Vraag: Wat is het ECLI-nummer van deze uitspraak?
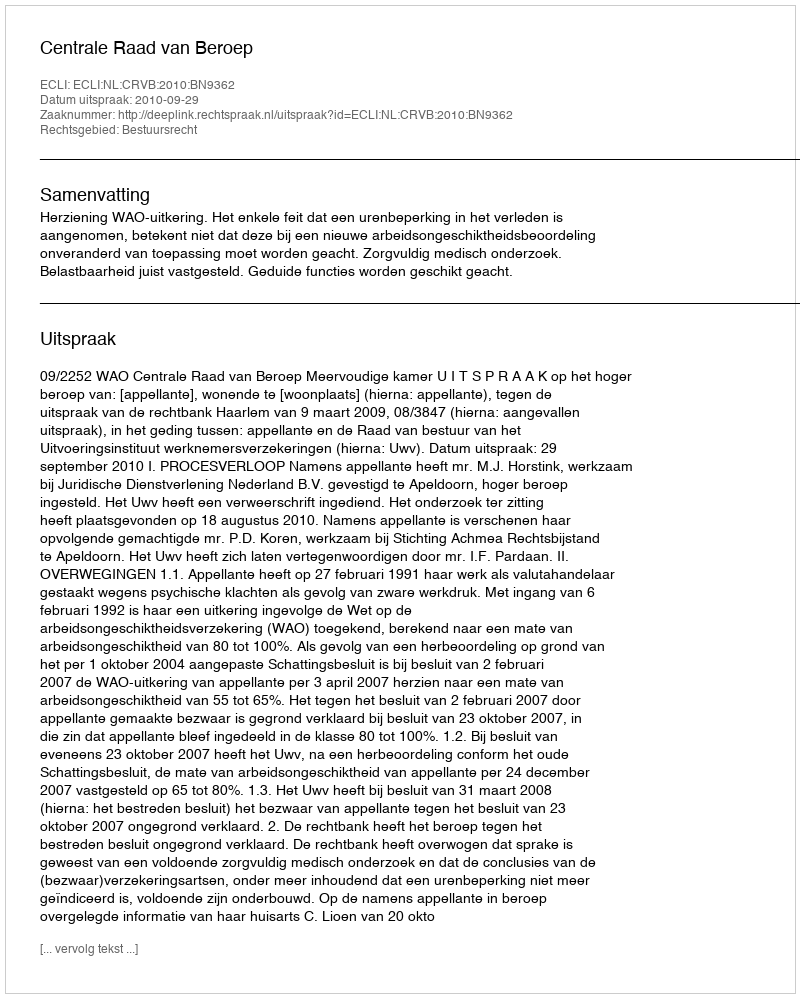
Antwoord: ECLI:NL:CRVB:2010:BN9362